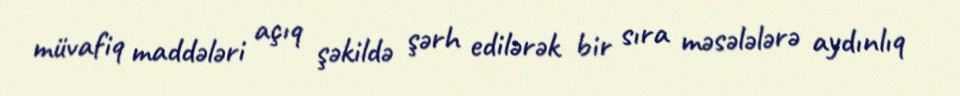
müvafiq maddələri açıq şəkildə şərh edilərək bir sıra məsələlərə aydınlıq